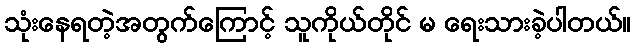
သုံးနေရတဲ့အတွက်ကြောင့် သူကိုယ်တိုင် မ ရေးသားခဲ့ပါတယ်။